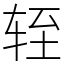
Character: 轾